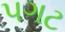
પગટ